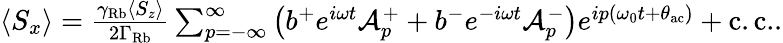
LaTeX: \begin{array}{r}{\langle S_{x}\rangle=\frac{\gamma_{\mathrm{Rb}}\langle S_{z}\rangle}{2\Gamma_{\mathrm{Rb}}}\sum_{p=-\infty}^{\infty}\left(b^{+}e^{i\omega t}\mathcal{A}_{p}^{+}+b^{-}e^{-i\omega t}\mathcal{A}_{p}^{-}\right)e^{ip(\omega_{0}t+\theta_{\mathrm{ac}})}+\mathrm{c.c.}.}\end{array}